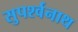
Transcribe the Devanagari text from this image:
सुपर्श्‍वनाथ